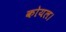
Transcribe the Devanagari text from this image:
कोयल।